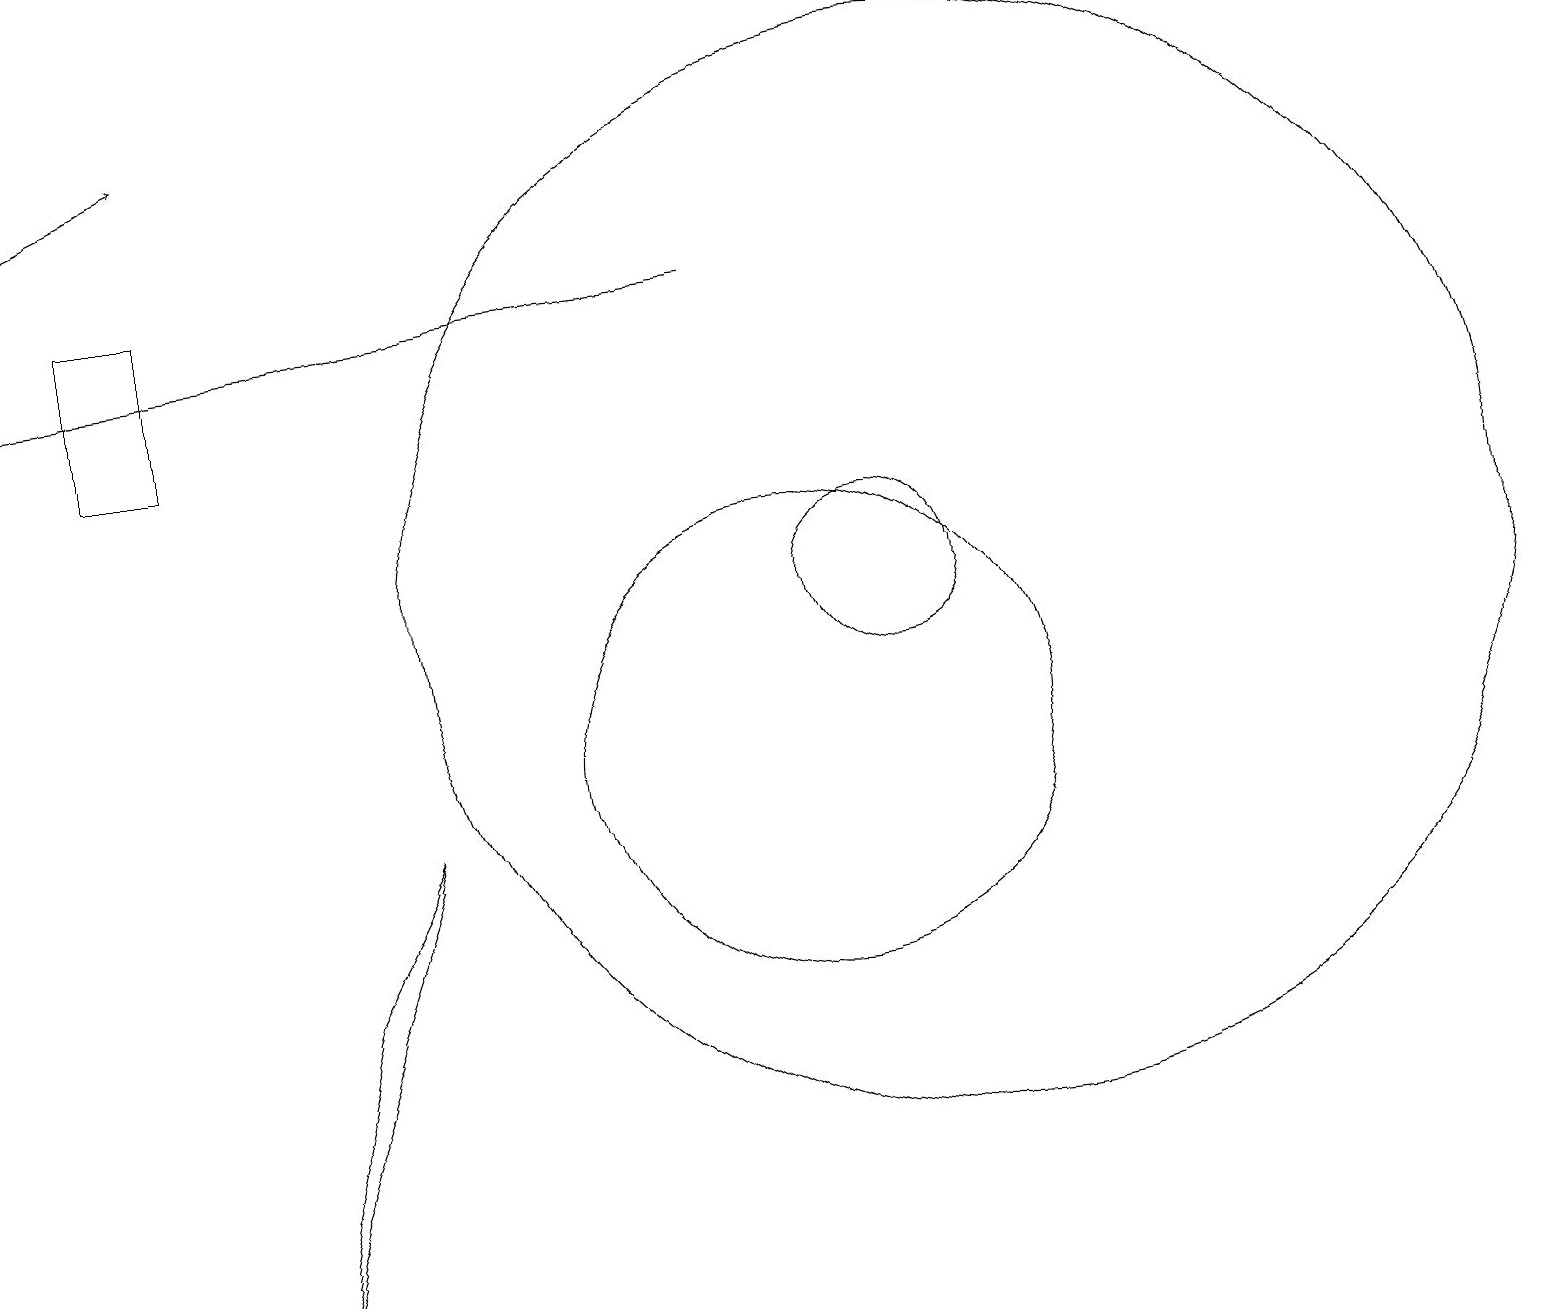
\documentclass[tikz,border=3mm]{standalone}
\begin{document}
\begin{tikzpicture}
\draw (10,10) circle (3);
\draw[->] (9,16) -- (0,15);
\draw[->] (0,17) -- (2,18);
\draw (12,12) circle (7);
\draw (11,12) circle (1);
\draw (4,7) -- (3,3) -- (5,9) -- cycle;
\draw (1,14) rectangle (2,16);
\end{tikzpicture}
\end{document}